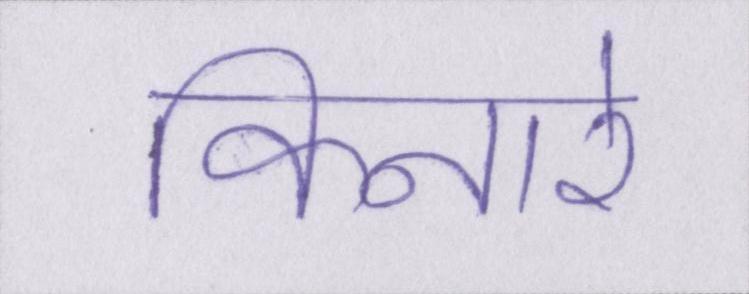
किनारे